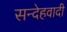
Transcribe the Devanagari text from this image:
सन्देहवादी